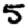
Digit: 5